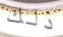
ذلك